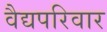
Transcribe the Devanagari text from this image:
वैद्यपरिवार